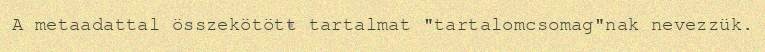
A metaadattal összekötött tartalmat "tartalomcsomag"nak nevezzük.